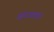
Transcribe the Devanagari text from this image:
अंदाजानुसर